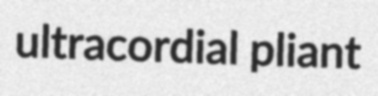
ultracordial pliant